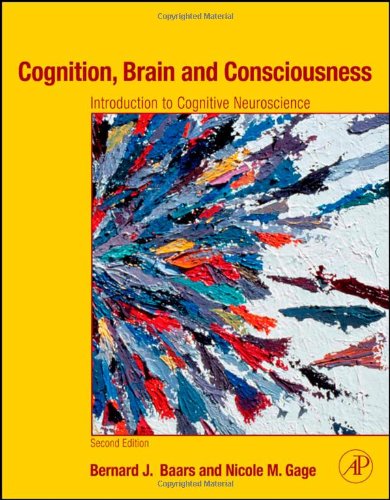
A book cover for Cognition, Brain, and Consciousness: Introduction to Cognitive Neuroscience, 2nd Edition; Bernard J. Baars; Medical Books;